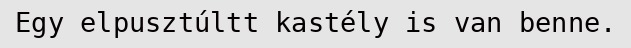
Egy elpusztúltt kastély is van benne.